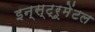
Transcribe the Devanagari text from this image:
इन्स्ट्रूमेंटल